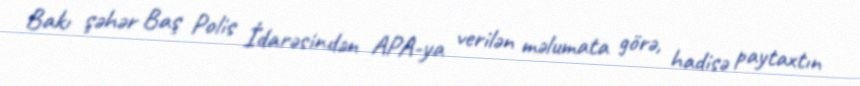
Bakı şəhər Baş Polis İdarəsindən APA-ya verilən məlumata görə, hadisə paytaxtın